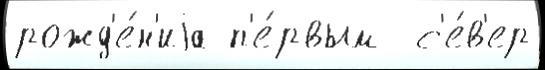
рожд'е́н'иjа п'е́рвым  с'е́в'ер